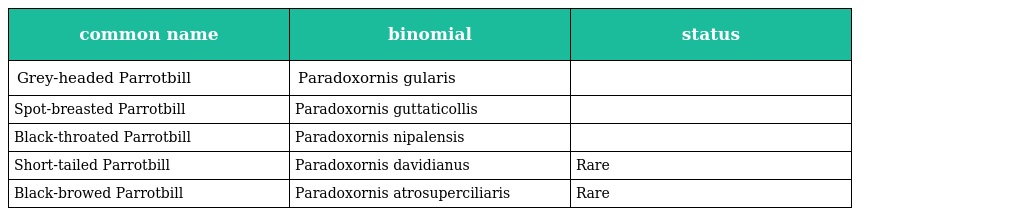
| common name | binomial | status |
 | --- | --- | --- |
 | Grey-headed Parrotbill | Paradoxornis gularis |  |
 | Spot-breasted Parrotbill | Paradoxornis guttaticollis |  |
 | Black-throated Parrotbill | Paradoxornis nipalensis |  |
 | Short-tailed Parrotbill | Paradoxornis davidianus | Rare |
 | Black-browed Parrotbill | Paradoxornis atrosuperciliaris | Rare |